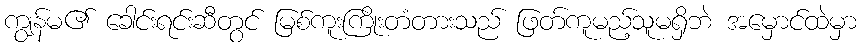
ကျွန်မ၏ ခေါင်းရင်းဆီတွင် မြစ်ကူးကြိုးတံတားသည် ဖြတ်ကူမည့်သူမရှိဘဲ အမှောင်ထဲမှာ